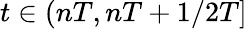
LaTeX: t\in(nT,nT+1/2T]